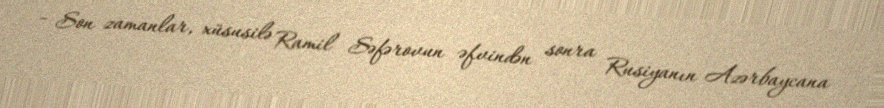
- Son zamanlar, xüsusilə Ramil Səfərovun əfvindən sonra Rusiyanın Azərbaycana